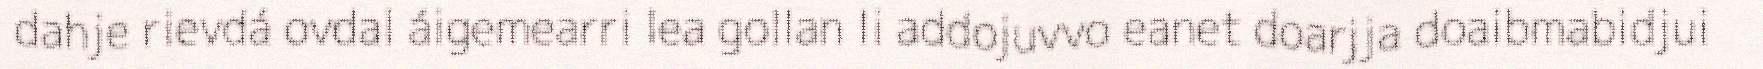
dahje rievdá ovdal áigemearri lea gollan Ii addojuvvo eanet doarjja doaibmabidjui